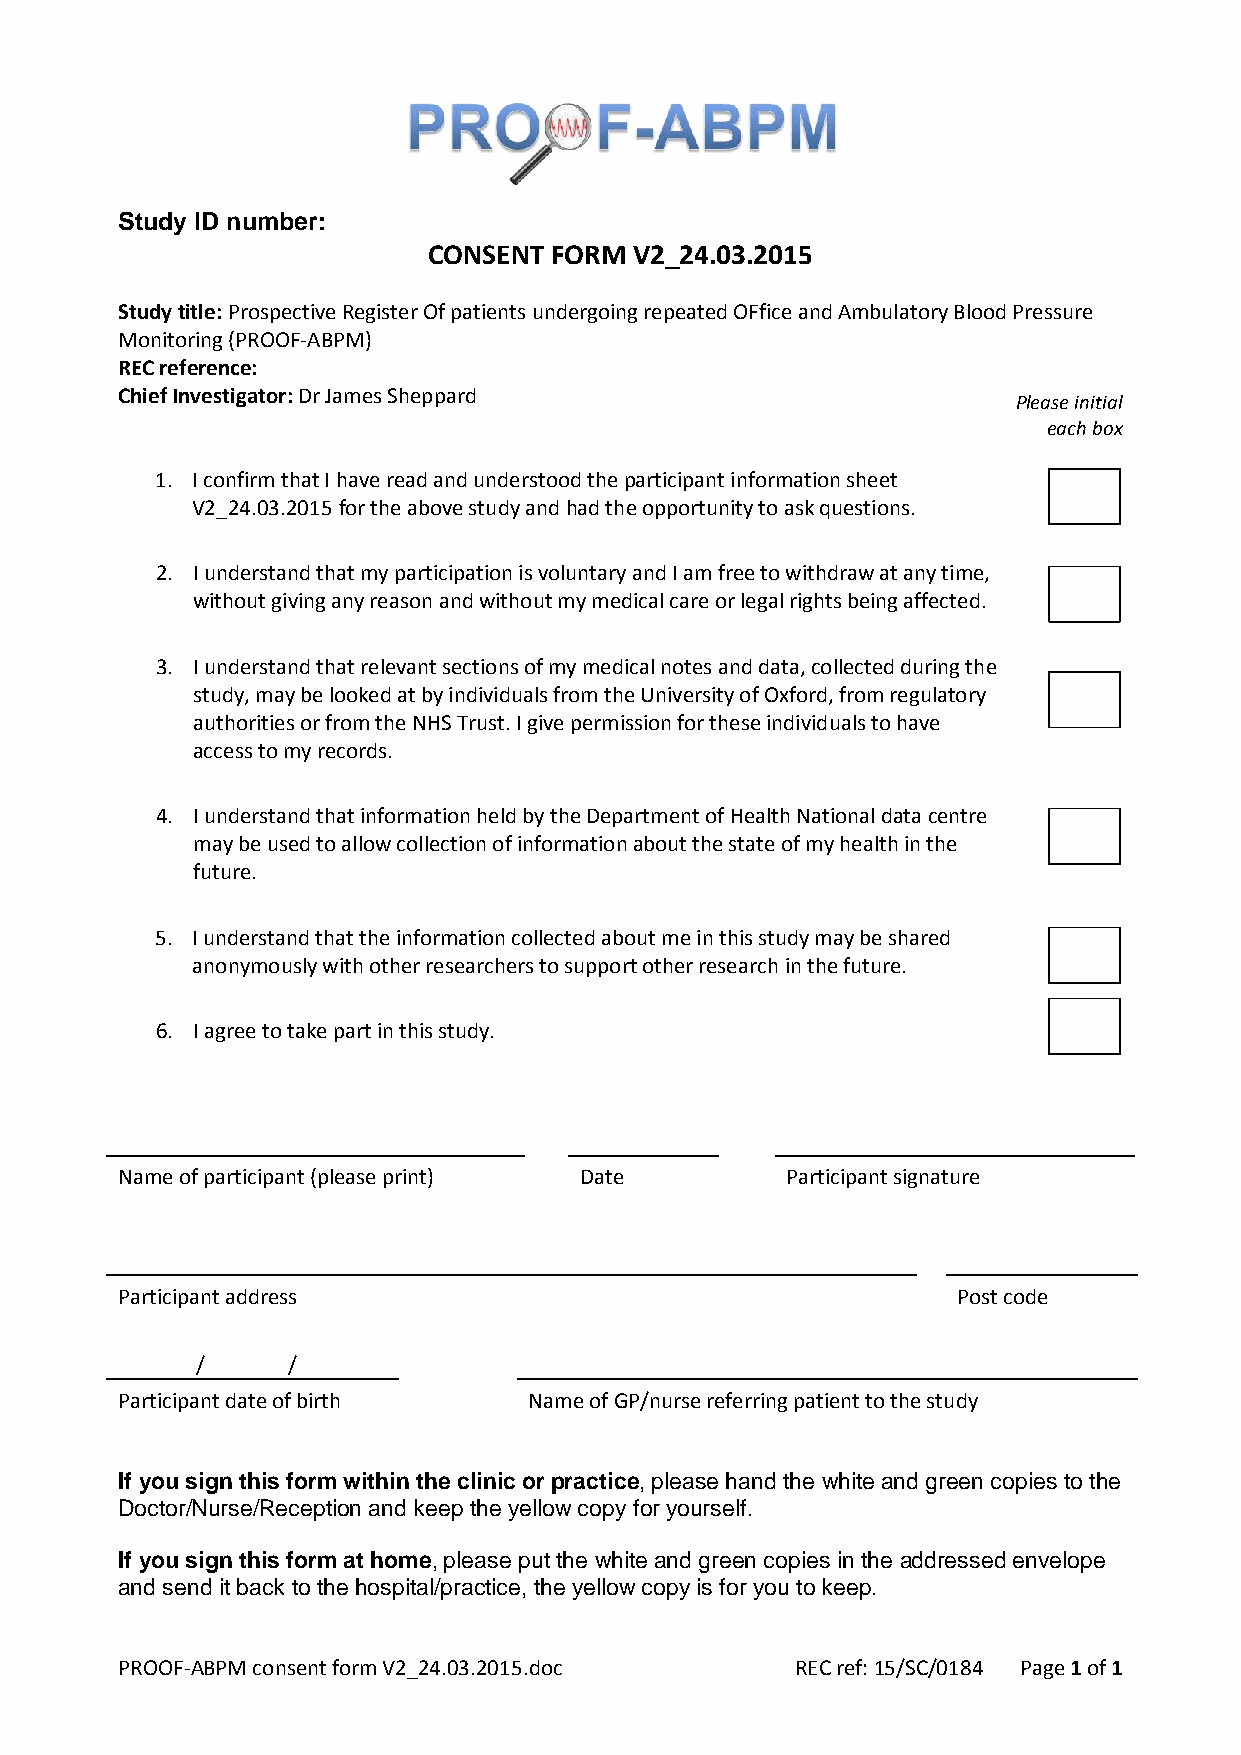
Study ID number:
 CONSENT FORM  V2_24.03.2015
 Study title: Prospective Register Of patients undergoing repeated OFfice and Ambulatory Blood Pressure
 Monitoring (PROOF-ABPM)
 REC reference:
 Chief Investigator: Dr James Sheppard
 Please initial
 each box
 1. I confirm that I have read and understood the participant information sheet
 V2_24.03.2015 for the above study and had the opportunity to ask questions.
 2. I understand that my participation is voluntary and I am free to withdraw at any time,
 without giving any reason and without my medical care or legal rights being affected.
 3. I understand that relevant sections of my medical notes and data, collected during the
 study, may be looked at by individuals from the University of Oxford, from regulatory
 authorities or from the NHS Trust. I give permission for these individuals to have
 access to my records.
 4. I understand that information held by the Department of Health National data centre
 may be used to allow collection of information about the state of my health in the
 future.
 5. I understand that the information collected about me in this study may be shared
 anonymously with other researchers to support other research in the future.
 6. I agree to take part in this study.
 Name of participant (please print) Date     Participant signature
 Participant address                                    Post code
 /     /
 Participant date of birth  Name of GP/nurse referring patient to the study
 If you sign this form within the clinic or practice, please hand the white and green copies to the
 Doctor/Nurse/Reception and keep the yellow copy for yourself.
 If you sign this form at home, please put the white and green copies in the addressed envelope
 and send it back to the hospital/practice, the yellow copy is for you to keep.
 PROOF-ABPM consent form V2_24.03.2015.doc    REC ref: 15/SC/0184 Page 1 of 1